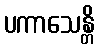
ပကာသေန္တိ